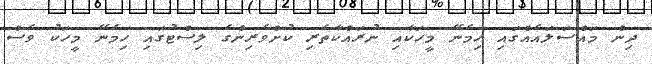
ދިން މައްސަލައެއްގައި ހިމެނޭ މީހަކާއި ނުރައްކާތެރި ކުށްވެރިންގެ ލިސްޓުގައި ހިމެނޭ މީހަކު ވެސް